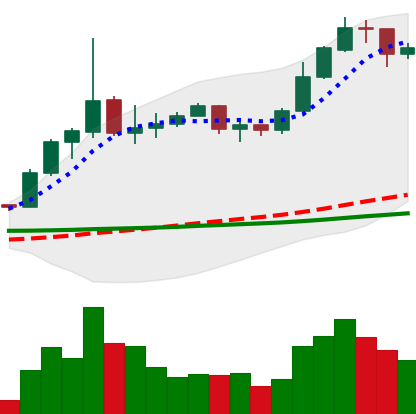
Ticker: ETC-USD
Chart end date: 2020-02-01
Forward return: 4.826%
Label: up_3_5